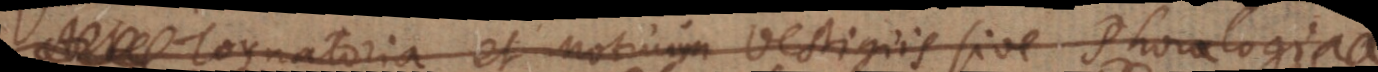
Arte Tornatoria et Motuum vestigiis sive Phorologia